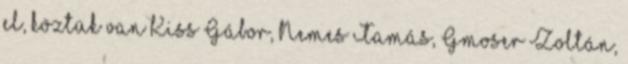
el, köztük van Kiss Gábor, Nemes Tamás, Gmoser Zoltán,